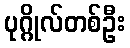
ပုဂ္ဂိုလ်တစ်ဦး